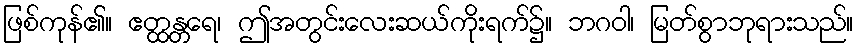
ဖြစ်ကုန်၏။ ဧတ္ထန္တရေ၊ ဤအတွင်းလေးဆယ်ကိုးရက်၌။ ဘဂဝါ၊ မြတ်စွာဘုရားသည်။